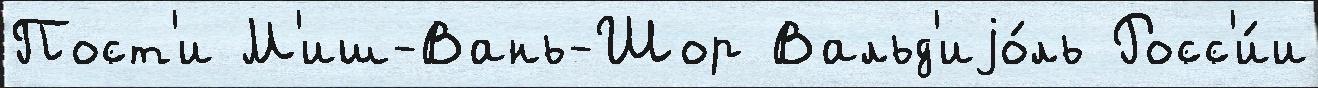
Пост'и М'иш-Вань-Шор Вальд'иjо́ль Росс'и́и